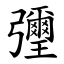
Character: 㣆